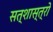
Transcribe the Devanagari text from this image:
सत्शास्त्रो